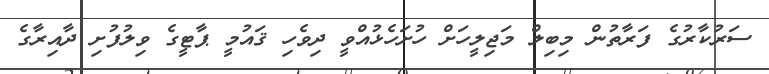
ސަރުކާރުގެ ފަރާތުން މިބިލް މަޖިލީހަށް ހުށަހެޅުއްވީ ދިވެހި ޤައުމީ ޕާޓީގެ ވިލުފުށި ދާއިރާގެ